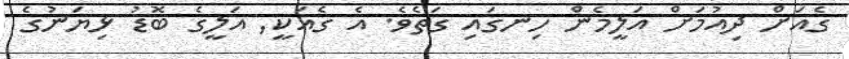
ގެއަށް ދިއުމަށް އަލީމެން ހިނގައި ގަތެވެ. އެ ގެއަކީ